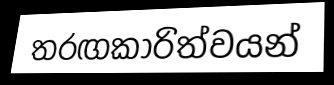
තරඟකාරිත්වයන්